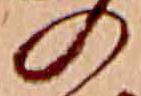
の